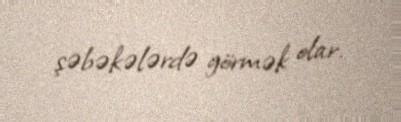
şəbəkələrdə görmək olar.